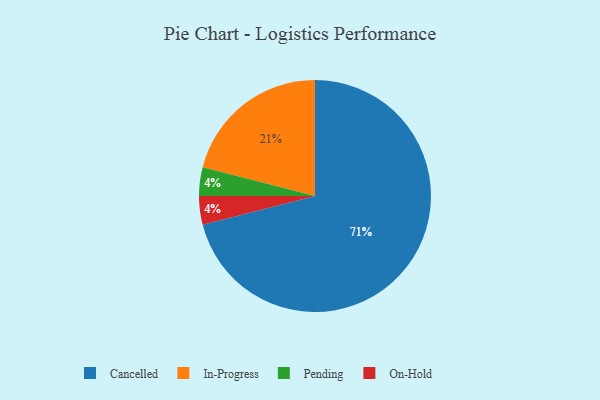
{"axis": {"x": "Category", "y": "Percentage"}, "legend": ["Cancelled", "In-Progress", "On-Hold", "Pending"], "data": [{"x": "Pending", "y": 4, "type": "Pending"}, {"x": "In-Progress", "y": 21, "type": "In-Progress"}, {"x": "On-Hold", "y": 4, "type": "On-Hold"}, {"x": "Cancelled", "y": 71, "type": "Cancelled"}]}